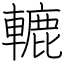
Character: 轆